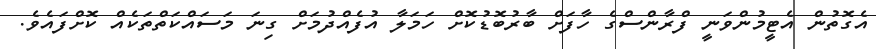
އެގޮތުން އެޓީމުންވަނީ ފްރާންސްގެ ހާފަށް ބާރުބޮޑުކޮށް ހަމަލާ އުފެއްދުމަށް ގިނަ މަސައްކަތްތަކެއް ކޮށްފައެވެ.